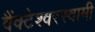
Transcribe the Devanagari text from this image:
वैंक्टेश्वरस्वामी